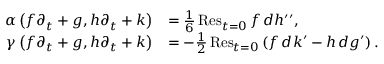
\begin{array} { r l } { \alpha \left( f \partial _ { t } + g , h \partial _ { t } + k \right) } & { = \frac { 1 } { 6 } \, \mathrm { R e s } _ { t = 0 } \, f \, d h ^ { \prime \prime } , } \\ { \gamma \left( f \partial _ { t } + g , h \partial _ { t } + k \right) } & { = - \frac { 1 } { 2 } \, \mathrm { R e s } _ { t = 0 } \left( f \, d k ^ { \prime } - h \, d g ^ { \prime } \right) . } \end{array}